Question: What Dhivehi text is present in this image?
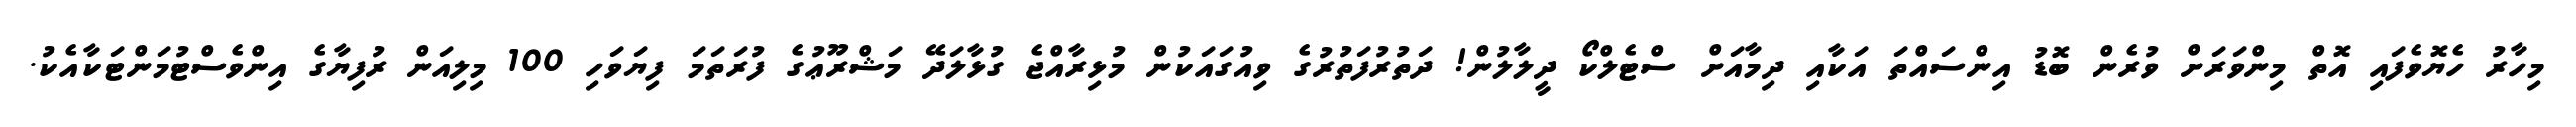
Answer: މިހާރު ހެޔޮވެފައި އޮތް މިންވަރަށް ވުރެން ބޮޑު އިންސައްތަ އަކާއި ދިމާއަށް ސްޓެލްކޯ ދީލާލުން! ދަތުރުފަތުރުގެ ވިއުގައަކުން މުޅިރާއްޖެ ގުޅާލަދޭ މަޝްރޫޢުގެ ފުރަތަމަ ފިޔަވަހި 100 މިލިއަން ރުފިޔާގެ އިންވެސްޓުމަންޓަކާއެކު.